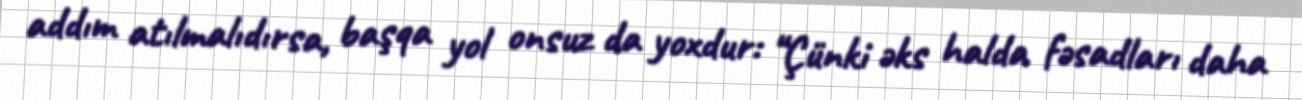
addım atılmalıdırsa, başqa yol onsuz da yoxdur: “Çünki əks halda fəsadları daha